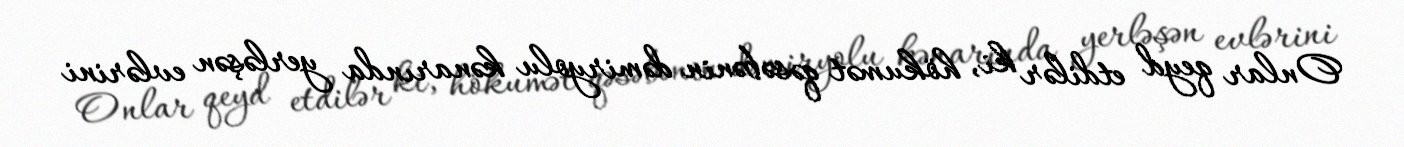
Onlar qeyd etdilər ki, hökumət qəsəbənin dəmiryolu kənarında yerləşən evlərini